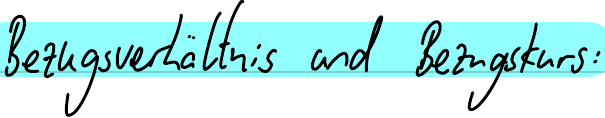
Bezugsverhältnis und Bezugskurs: